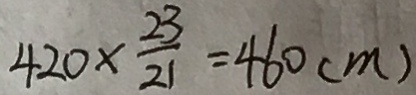
4 2 0 \times \frac { 2 3 } { 2 1 } = 4 6 0 ( m )